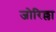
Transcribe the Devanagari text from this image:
जोरिल्ला